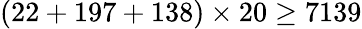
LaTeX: (22+197+138)\times 20\geq 7139